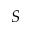
S